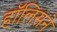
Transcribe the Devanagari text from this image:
हॉलिसने